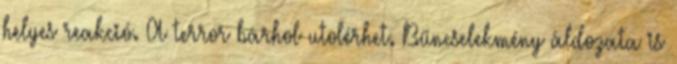
helyes reakció. A terror bárhol utolérhet. Bűncselekmény áldozata is